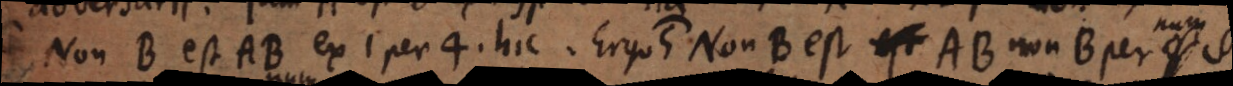
Non B est AB ex 1 per [3] hic. Ergo 5) Non B est AB non